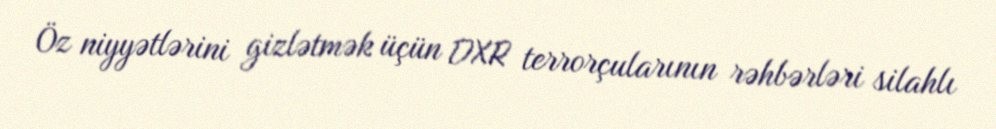
Öz niyyətlərini gizlətmək üçün DXR terrorçularının rəhbərləri silahlı